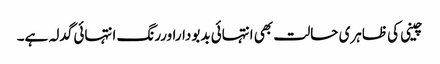
چینی کی ظاہری حالت بھی انتہائی بدبوداراوررنگ انتہائی گدلہ ہے۔